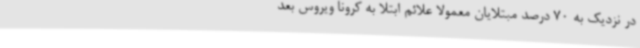
در نزدیک به 70 درصد مبتلایان معمولا علائم ابتلا به کرونا ویروس بعد